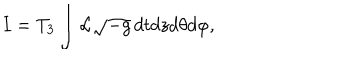
I = T _ { 3 } \int { \cal L } \sqrt { - g } \, d t d z d \theta d \varphi ,